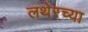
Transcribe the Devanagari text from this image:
लथेरच्या